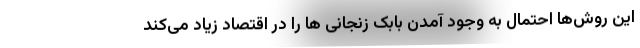
این روش‌ها احتمال به وجود آمدن بابک زنجانی ها را در اقتصاد زیاد می‌کند